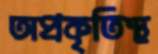
অপ্রকৃতিস্থ